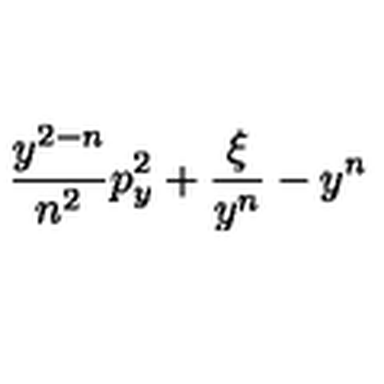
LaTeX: \! \! \frac { y ^ { 2 - n } } { n ^ { 2 } } p _ { y } ^ { 2 } + \frac { \xi } { y ^ { n } } - y ^ { n } \! \!